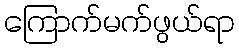
ကြောက်မက်ဖွယ်ရာ